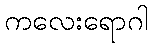
ကလေးရောဂါ